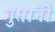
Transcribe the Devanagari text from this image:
गुप्तांनी